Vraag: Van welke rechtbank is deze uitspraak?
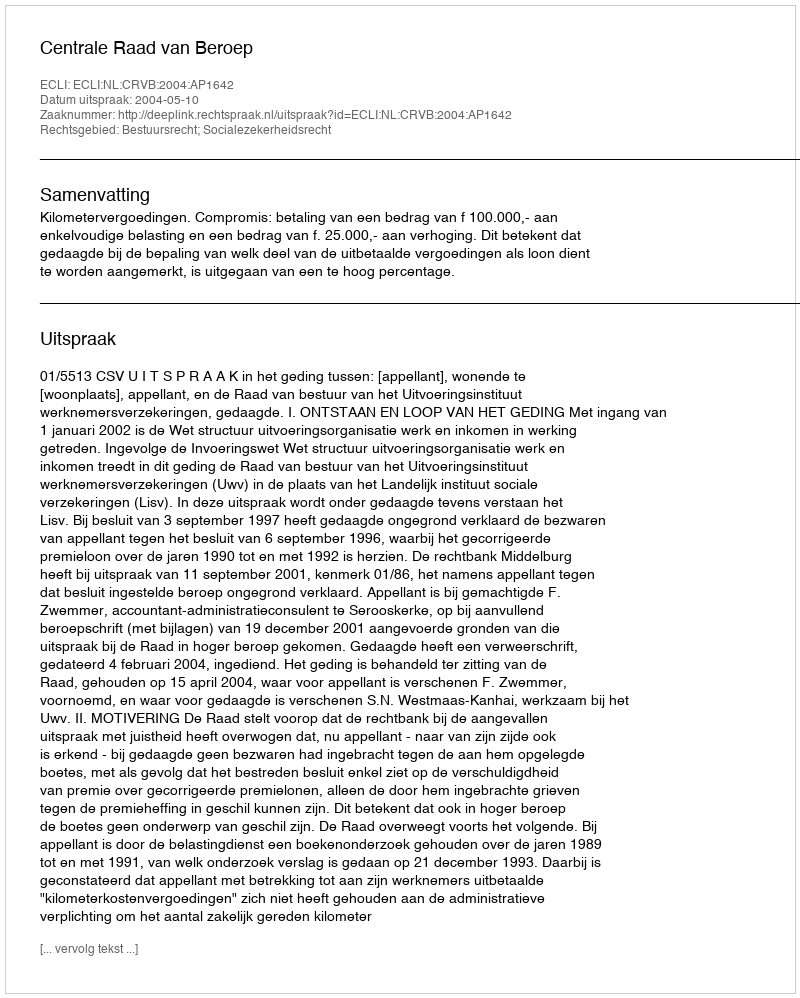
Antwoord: Centrale Raad van Beroep